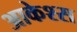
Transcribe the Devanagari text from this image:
आकेश्स